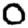
Digit: 0